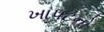
ખાપટનો